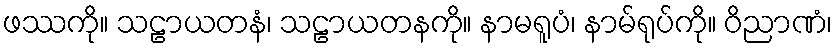
ဖဿကို။ သဠာယတနံ၊ သဠာယတနကို။ နာမရူပံ၊ နာမ်ရုပ်ကို။ ဝိညာဏံ၊